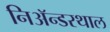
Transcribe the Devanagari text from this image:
निअॅन्डरथाल